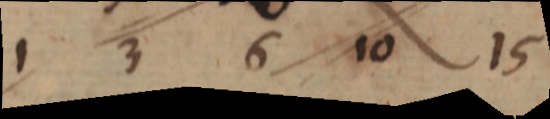
1 3 6 10 15